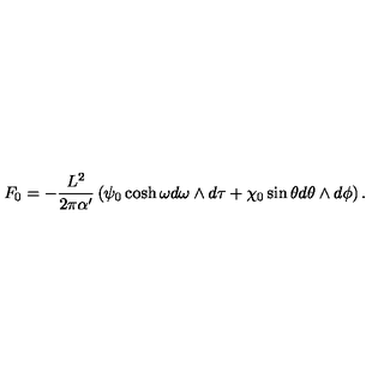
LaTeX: F _ { 0 } = - \frac { L ^ { 2 } } { 2 \pi \alpha ^ { \prime } } \left( \psi _ { 0 } \cosh \omega d \omega \wedge d \tau + \chi _ { 0 } \sin \theta d \theta \wedge d \phi \right) .